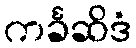
ကင်္ခဆိဒံ